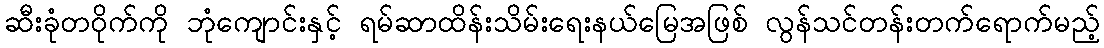
ဆီးခုံတဝိုက်ကို ဘုံကျောင်းနှင့် ရမ်ဆာထိန်းသိမ်းရေးနယ်မြေအဖြစ် လွန်သင်တန်းတက်ရောက်မည့်